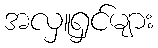
အလှူရှင်များ